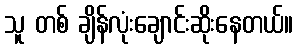
သူ တစ် ချိန်လုံးချောင်းဆိုးနေတယ်။